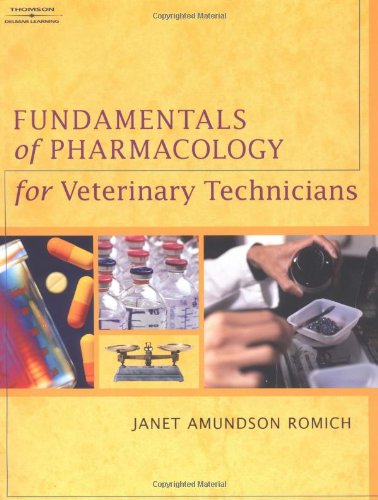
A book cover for Fundamentals of Pharmacology for Veterinary Technicians; Janet Amundson Romich; Medical Books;